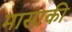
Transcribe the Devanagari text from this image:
मासाकी